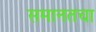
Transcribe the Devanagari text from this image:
समानतचा